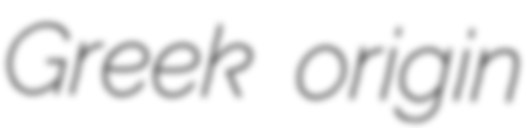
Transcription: Greek origin